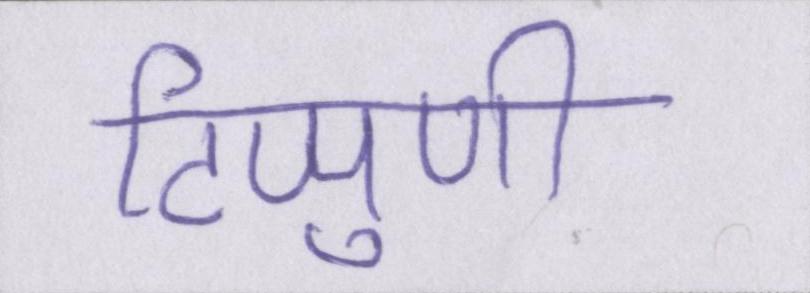
टिप्पुणी